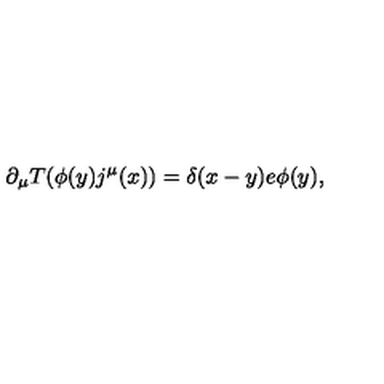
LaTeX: \partial _ { \mu } T ( \phi ( y ) j ^ { \mu } ( x ) ) = \delta ( x - y ) e \phi ( y ) ,